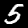
Label: 5